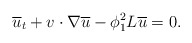
\begin{align*}\overline{u}_t+v\cdot \nabla \overline{u}-\phi^2_1 L\overline{u}=0.\end{align*}